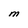
Character: M